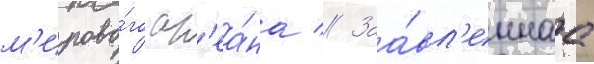
м'ирово́го ок'еа́на // Заа́вл'еннаа